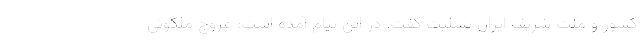
کشور و ملت شریف ایران تسلیت گفت. در این پیام آمده است: عروج ملکوتی